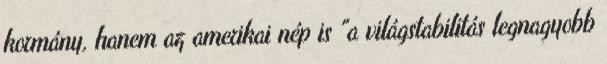
kormány, hanem az amerikai nép is "a világstabilitás legnagyobb